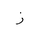
Letter: _zay